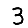
Digit: 3